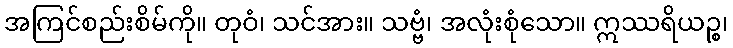
အကြင်စည်းစိမ်ကို။ တုဝံ၊ သင်အား။ သဗ္ဗံ၊ အလုံးစုံသော။ ဣဿရိယဉ္စ၊